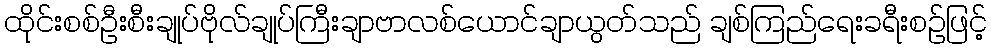
ထိုင်းစစ်ဦးစီးချုပ်ဗိုလ်ချုပ်ကြီးချာဗာလစ်ယောင်ချာယွတ်သည် ချစ်ကြည်ရေးခရီးစဉ်ဖြင့်